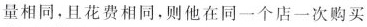
量相同，且花费相同，则他在同一个店一次购买